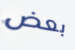
بعض